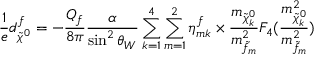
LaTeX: \frac { 1 } { e } d _ { \tilde { \chi } ^ { 0 } } ^ { f } = - \frac { Q _ { f } } { 8 \pi } \frac { \alpha } { \sin ^ { 2 } \theta _ { W } } \sum _ { k = 1 } ^ { 4 } \sum _ { m = 1 } ^ { 2 } \eta _ { m k } ^ { f } \times \frac { m _ { \tilde { \chi } _ { k } ^ { 0 } } } { m _ { \tilde { f } _ { m } } ^ { 2 } } F _ { 4 } ( \frac { m _ { \tilde { \chi } _ { k } ^ { 0 } } ^ { 2 } } { m _ { \tilde { f } _ { m } } ^ { 2 } } )